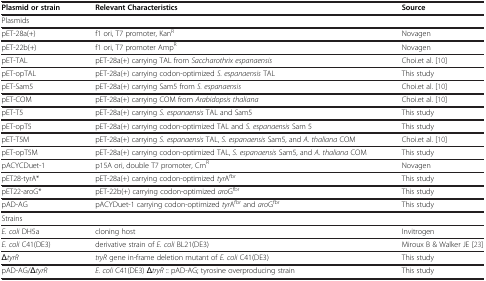
<table><thead><tr><td><b>Plasmid or strain</b></td><td><b>Relevant Characteristics</b></td><td><b>Source</b></td></tr></thead><tbody><tr><td colspan="3">Plasmids</td></tr><tr><td>pET-28a(+)</td><td>f1 ori, T7 promoter, Kan<sup>R</sup></td><td>Novagen</td></tr><tr><td>pET-22b(+)</td><td>f1 ori, T7 promoter Amp<sup>R</sup></td><td>Novagen</td></tr><tr><td>pET-TAL</td><td>pET-28a(+) carrying TAL from <i>Saccharothrix espanaensis</i></td><td>Choi.et al.[10]</td></tr><tr><td>pET-opTAL</td><td>pET-28a(+) carrying codon-optimized <i>S. espanaensis</i> TAL</td><td>This study</td></tr><tr><td>pET-Sam5</td><td>pET-28a(+) carrying Sam5 from <i>S. espanaensis</i></td><td>Choi.et al.[10]</td></tr><tr><td>pET-COM</td><td>pET-28a(+) carrying COM from <i>Arabidopsis thaliana</i></td><td>Choi.et al.[10]</td></tr><tr><td>pET-T5</td><td>pET-28a(+) carrying <i>S. espanaensis</i> TAL and Sam5</td><td>This study</td></tr><tr><td>pET-opT5</td><td>pET-28a(+) carrying codon-optimized TAL and <i>S. espanaensis</i> Sam 5</td><td>This study</td></tr><tr><td>pET-T5M</td><td>pET-28a(+) carrying <i>S. espanaensis</i> TAL, <i>S. espanaensis</i> Sam5, and <i>A. thaliana</i> COM</td><td>Choi.et al.[10]</td></tr><tr><td>pET-opT5M</td><td>pET-28a(+) carrying codon-optimized TAL, <i>S. espanaensis</i> Sam5, and <i>A. thaliana</i> COM</td><td>This study</td></tr><tr><td>pACYCDuet-1</td><td>p15A ori, double T7 promoter, Cm<sup>R</sup></td><td>Novagen</td></tr><tr><td>pET28-tyrA*</td><td>pET-28a(+) carrying codon-optimized <i>tyr</i>A<sup>fbr</sup></td><td>This study</td></tr><tr><td>pET22-aroG*</td><td>pET-22b(+) carrying codon-optimized <i>aro</i>G<sup>fbr</sup></td><td>This study</td></tr><tr><td>pAD-AG</td><td>pACYDuet-1 carrying codon-optimized <i>tyr</i>A<sup>fbr</sup> and <i>aro</i>G<sup>fbr</sup></td><td>This study</td></tr><tr><td colspan="3">Strains</td></tr><tr><td><i>E. coli</i> DH5a</td><td>cloning host</td><td>Invitrogen</td></tr><tr><td><i>E. coli</i> C41(DE3)</td><td>derivative strain of <i>E. coli</i> BL21(DE3)</td><td>Miroux B &amp; Walker JE[23]</td></tr><tr><td><i>ΔtyrR</i></td><td><i>tryR</i> gene in-frame deletion mutant of <i>E. coli</i> C41(DE3)</td><td>This study</td></tr><tr><td>pAD-AG/Δ<i>tyrR</i></td><td><i>E. coli</i> C41(DE3) Δ<i>tryR</i> :: pAD-AG; tyrosine overproducing strain</td><td>This study</td></tr></tbody></table>